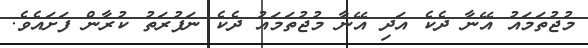
މުޖުތަމައު އޭނާ ދެކެ އަދި އޭނާ މުޖުތަމައު ދެކެ ނަފުރަތު ކުރާން ފަށައެވެ.